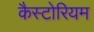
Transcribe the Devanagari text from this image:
कैस्टोरियम